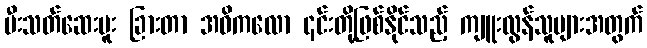
မီးသတ်ဆေးဗူး ခြားတာ အဓိကလော ၎င်းတို့ဖြစ်နိုင်သည့် ကျူးလွန်သူများအတွက်